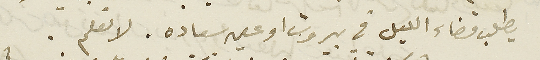
يطلب قضاء الليل في بيروت او عين سعاده. لا نعلم.